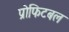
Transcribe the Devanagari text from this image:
प्रोफिटबल